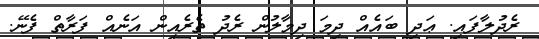
ރެދުލާފައި. ޢަދި ބައެއް ދިމަ ދިމާލުން ރެދު ތެރެއިން އަނެއް ފަރާތް ފެނޭ.